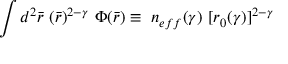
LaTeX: \int d ^ { 2 } { \bar { r } } \ ( { \bar { r } } ) ^ { 2 - \gamma } \ \Phi ( { \bar { r } } ) \equiv \ n _ { e f f } ( \gamma ) \ [ r _ { 0 } ( \gamma ) ] ^ { 2 - \gamma }